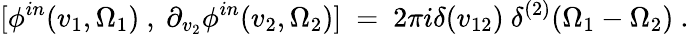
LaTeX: [\phi^{in}(v_{1},\Omega_{1})~,~\partial_{v_{2}}\phi^{in}(v_{2},\Omega_{2})]~=~2\pi i\delta(v_{12})~\delta^{(2)}(\Omega_{1}-\Omega_{2})~.